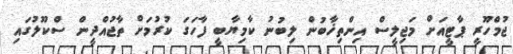
ޖުމްހޫރީ ޕާޓީއަށް މަޖިލީސް އިންތިޚާބުން ލިބުނު ކާމިޔާބީ ފާހަގަ ކުރުމަށް ތާޖުއްދީން ސްކޫލުގައި